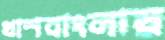
খাশবাংলায়